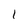
Character: 1